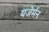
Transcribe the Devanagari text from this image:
यजेर्मन